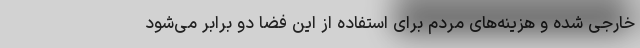
خارجی شده و هزینه‌های مردم برای استفاده از این فضا دو برابر می‌شود